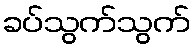
ခပ်သွက်သွက်